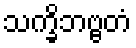
သက္ခိဘဗ္ဗတံ